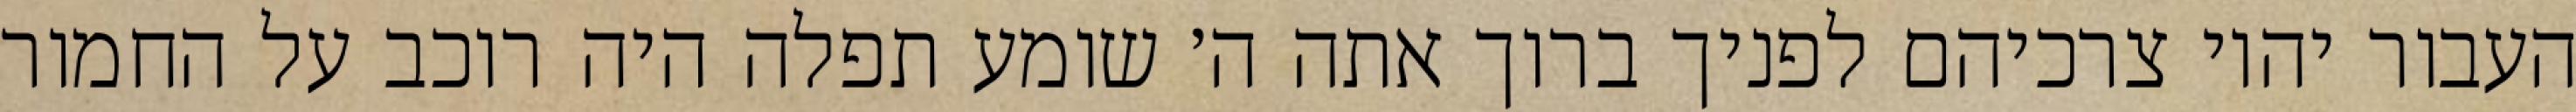
העבור יהיו צרכיהם לפניך ברוך אתה ה׳ שומע תפלה היה רוכב על החמור